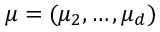
\boldsymbol { \mu } = ( \mu _ { 2 } , \dots , \mu _ { d } )